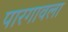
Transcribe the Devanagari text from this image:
पारगावला